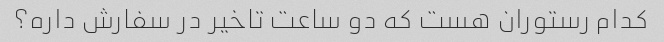
کدام رستوران هست که دو ساعت تاخیر در سفارش داره؟